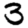
Digit: 3